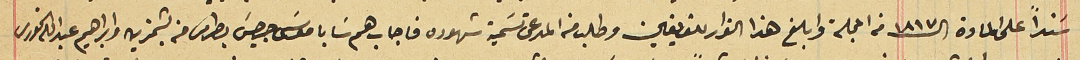
سَنداً على المادة الـ١٨١٧ من المجلة وابلغ هذا القرار للفريقين وطلب من المدعى تسَمية شهوده فاجاب هم سَابا موسَى جرجسَ بطرس من بشمزين وابراهيم عبد الله الخورى